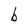
Character: b